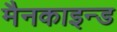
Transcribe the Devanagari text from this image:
मैनकाइन्ड